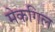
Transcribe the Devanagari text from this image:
मेकगिल